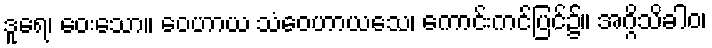
ဒူရေ၊ ဝေးသော။ ဝေဟာယ သံဝေဟာယသေ၊ ကောင်းကင်ပြင်၌။ အဂ္ဂိသိခါဝ၊